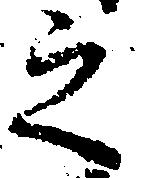
之